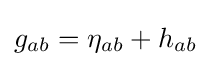
g_{ab}=\eta _{ab}+h_{ab}